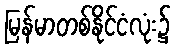
မြန်မာတစ်နိုင်ငံလုံး၌